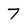
Character: 7